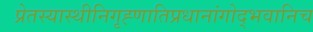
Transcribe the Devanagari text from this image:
प्रेतस्यास्थीनिगृह्णातिप्रधानांगोद्भवानिच